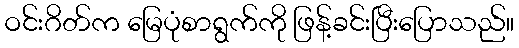
ဝင်းဂိတ်က မြေပုံစာရွက်ကို ဖြန့်ခင်းပြီးပြောသည်။